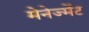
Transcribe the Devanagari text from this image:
मेनेज्मेंट